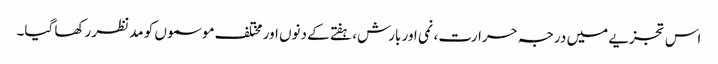
اس تجزیے میں درجہ حرارت، نمی اور بارش، ہفتے کے دنوں اور مختلف موسموں کو مدنظر رکھا گیا۔